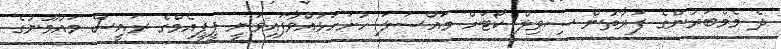
ދެ މެމްބަރުންގެ ފަރާތުން ސިވިލް ކޯޓަށް މައްސަލަ ހުށަހަޅުއްވާފައިވަނީ ޕީޕީއެމްގެ ރައީސް މައުމޫނުގެ